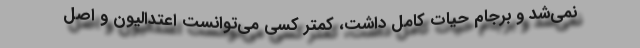
نمی‌شد و برجام حیات کامل داشت، کمتر کسی می‌توانست اعتدالیون و اصل